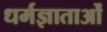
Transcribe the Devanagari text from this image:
धर्मज्ञाताओं